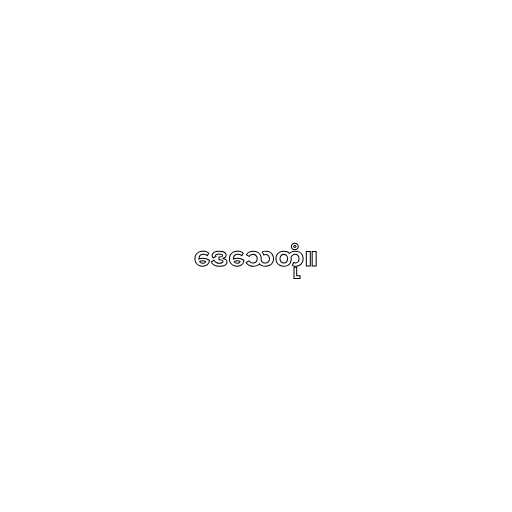
ဒေသေတုံ။